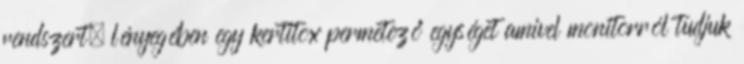
rendszert, lényegében egy kertitox permetező egységet amivel monitorról tudjuk